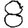
Digit: 8